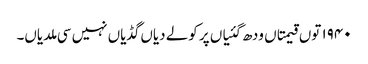
١٩٤٠ توں قیمتاں ودھ گئیاں پر کولے دیاں گڈیاں نہیں سی ملدیاں۔